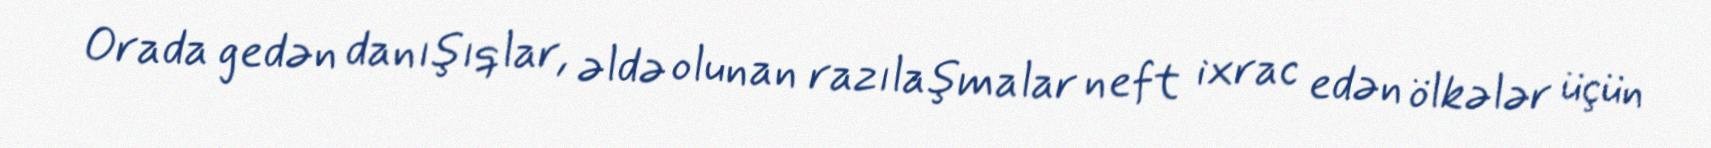
Orada gedən danışıqlar, əldə olunan razılaşmalar neft ixrac edən ölkələr üçün